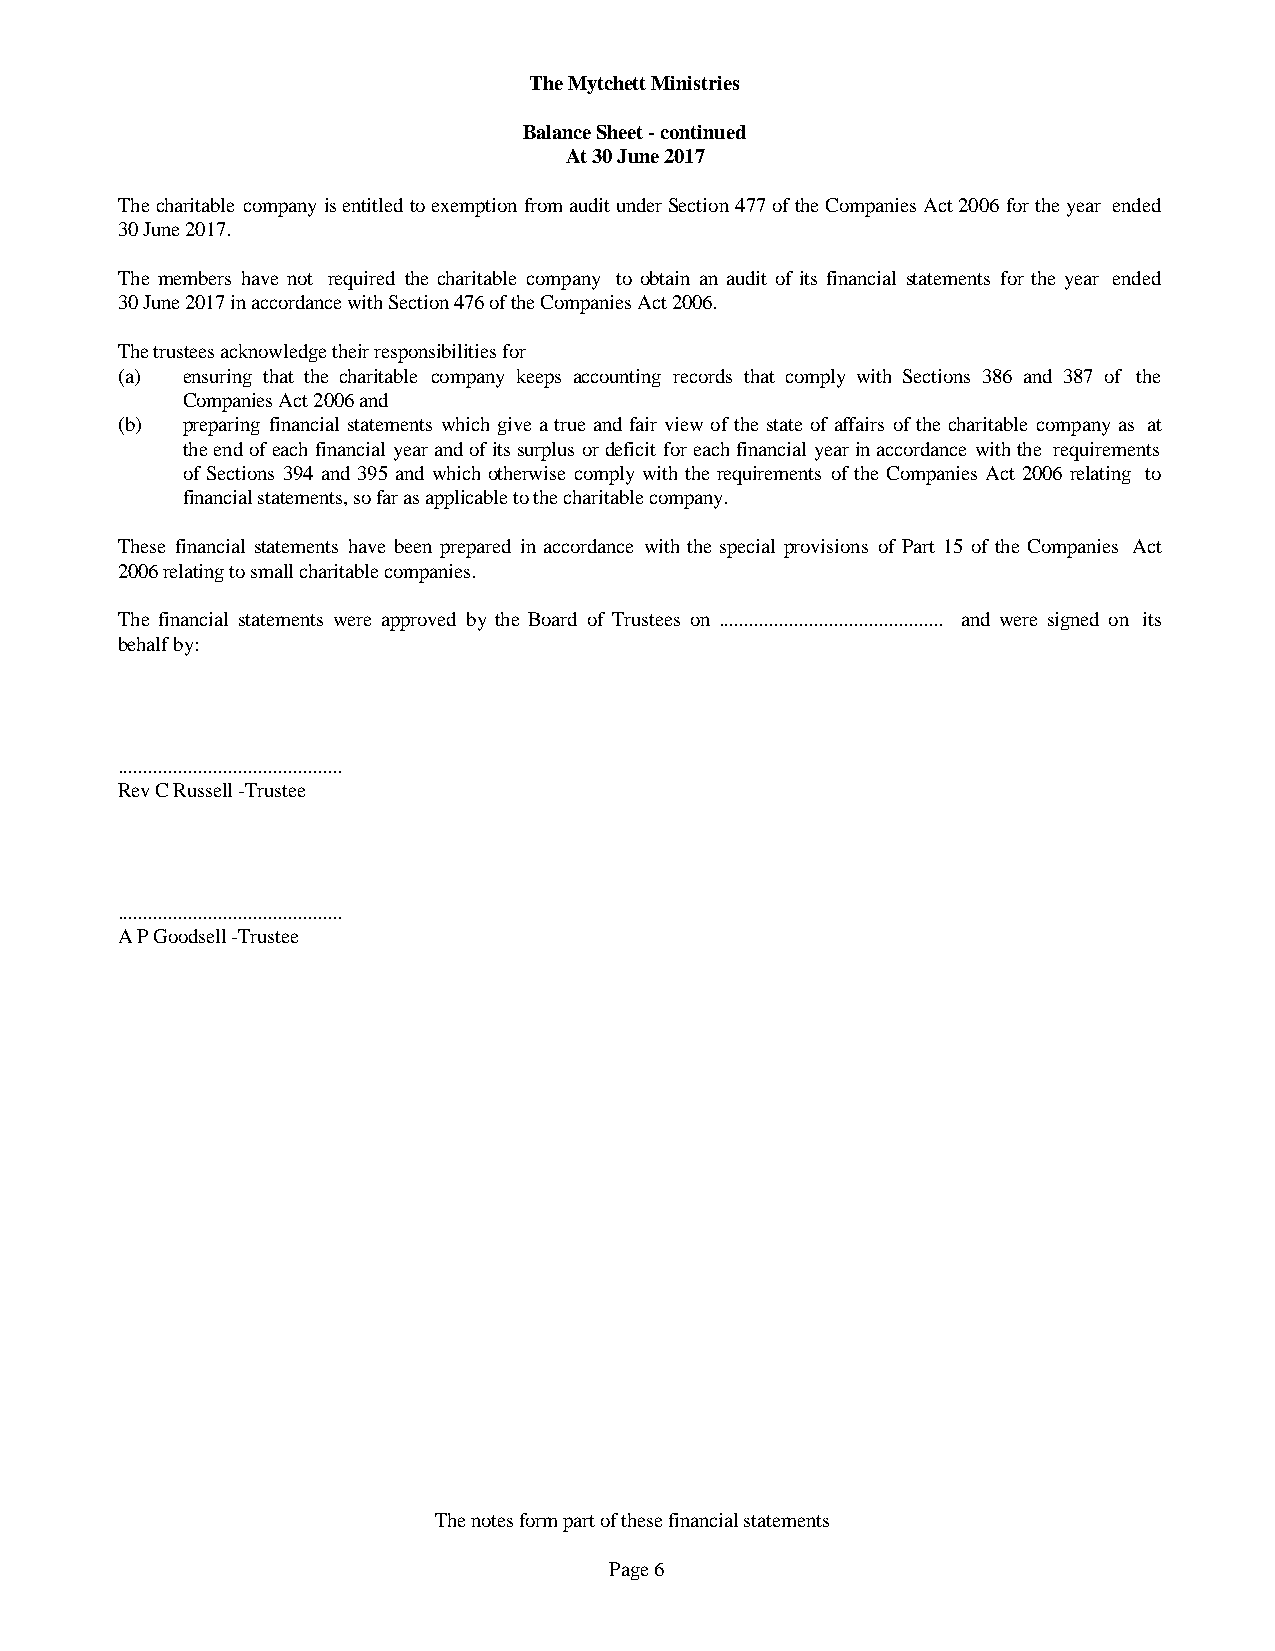
The Mytchett Ministries
 Balance Sheet - continued
 At 30 June 2017
 ThecharitablecompanyisentitledtoexemptionfromauditunderSection477oftheCompaniesAct2006fortheyear ended
 30 June 2017.
 The members have not required the charitable company to obtain an audit of its financial statements for the year ended
 30 June 2017 in accordance with Section 476 of the Companies Act 2006.
 The trustees acknowledge their responsibilities for
 (a) ensuring that the charitable company keeps accounting records that comply with Sections 386 and 387 of the
 Companies Act 2006 and
 (b) preparing financialstatementswhichgivea true and fair viewof thestate of affairsof thecharitable companyas at
 theendofeachfinancialyearandofitssurplusordeficitforeachfinancialyearinaccordancewiththe requirements
 of Sections 394 and 395 and whichotherwisecomplywiththerequirementsof theCompaniesAct2006 relating to
 financial statements, so far as applicable to the charitable company.
 These financial statements have been prepared in accordance with the special provisions of Part 15 of the Companies Act
 2006 relating to small charitable companies.
 The financial statements were approved by the Board of Trustees on ............................................. and were signed on its
 behalf by:
 .............................................
 Rev C Russell -Trustee
 .............................................
 A P Goodsell -Trustee
 The notes form part of these financial statements
 Page 6